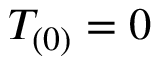
T _ { ( 0 ) } = 0